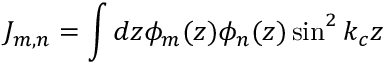
J _ { m , n } = \int d z \phi _ { m } ( z ) \phi _ { n } ( z ) \sin ^ { 2 } k _ { c } z